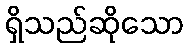
ရှိသည်ဆိုသော